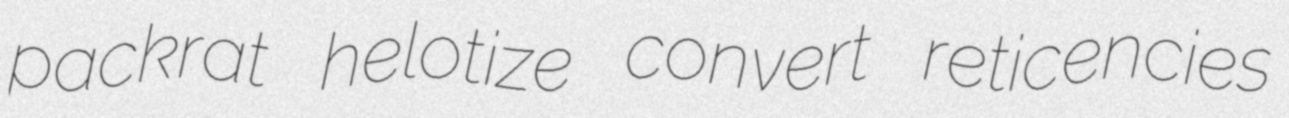
packrat helotize convert reticencies